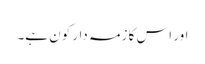
اور اس کا زمہ دار کون ہے۔